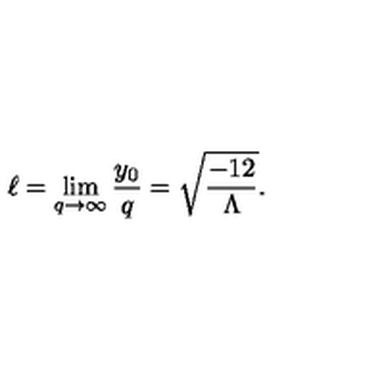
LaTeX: \ell = \lim _ { q \to \infty } { \frac { y _ { 0 } } { q } } = \sqrt { \frac { - 1 2 } { \Lambda } } .